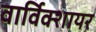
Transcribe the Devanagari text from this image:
वार्विक्शायर